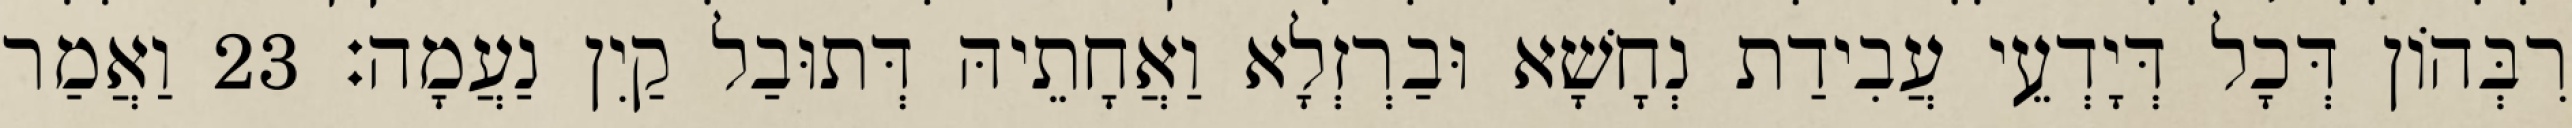
רִבְּהוֹן דְּכָל דְּיָדְעֵי עֲבִידַת נְחָשָׁא וּבַרְזְלָא וַאֲחָתֵיהּ דְּתוּבַל קַיִן נַעֲמָה׃ 23 וַאֲמַר